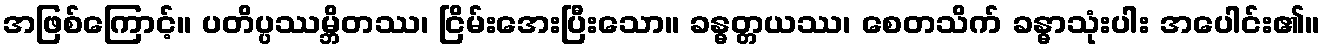
အဖြစ်ကြောင့်။ ပတိပ္ပဿမ္ဘိတဿ၊ ငြိမ်းအေးပြီးသော။ ခန္ဓတ္တယဿ၊ စေတသိက် ခန္ဓာသုံးပါး အပေါင်း၏။